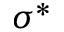
\sigma ^ { * }